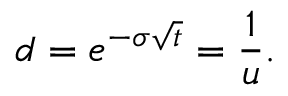
d = e ^ { - \sigma { \sqrt { t } } } = { \frac { 1 } { u } } .